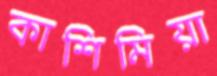
কাশিমিয়া